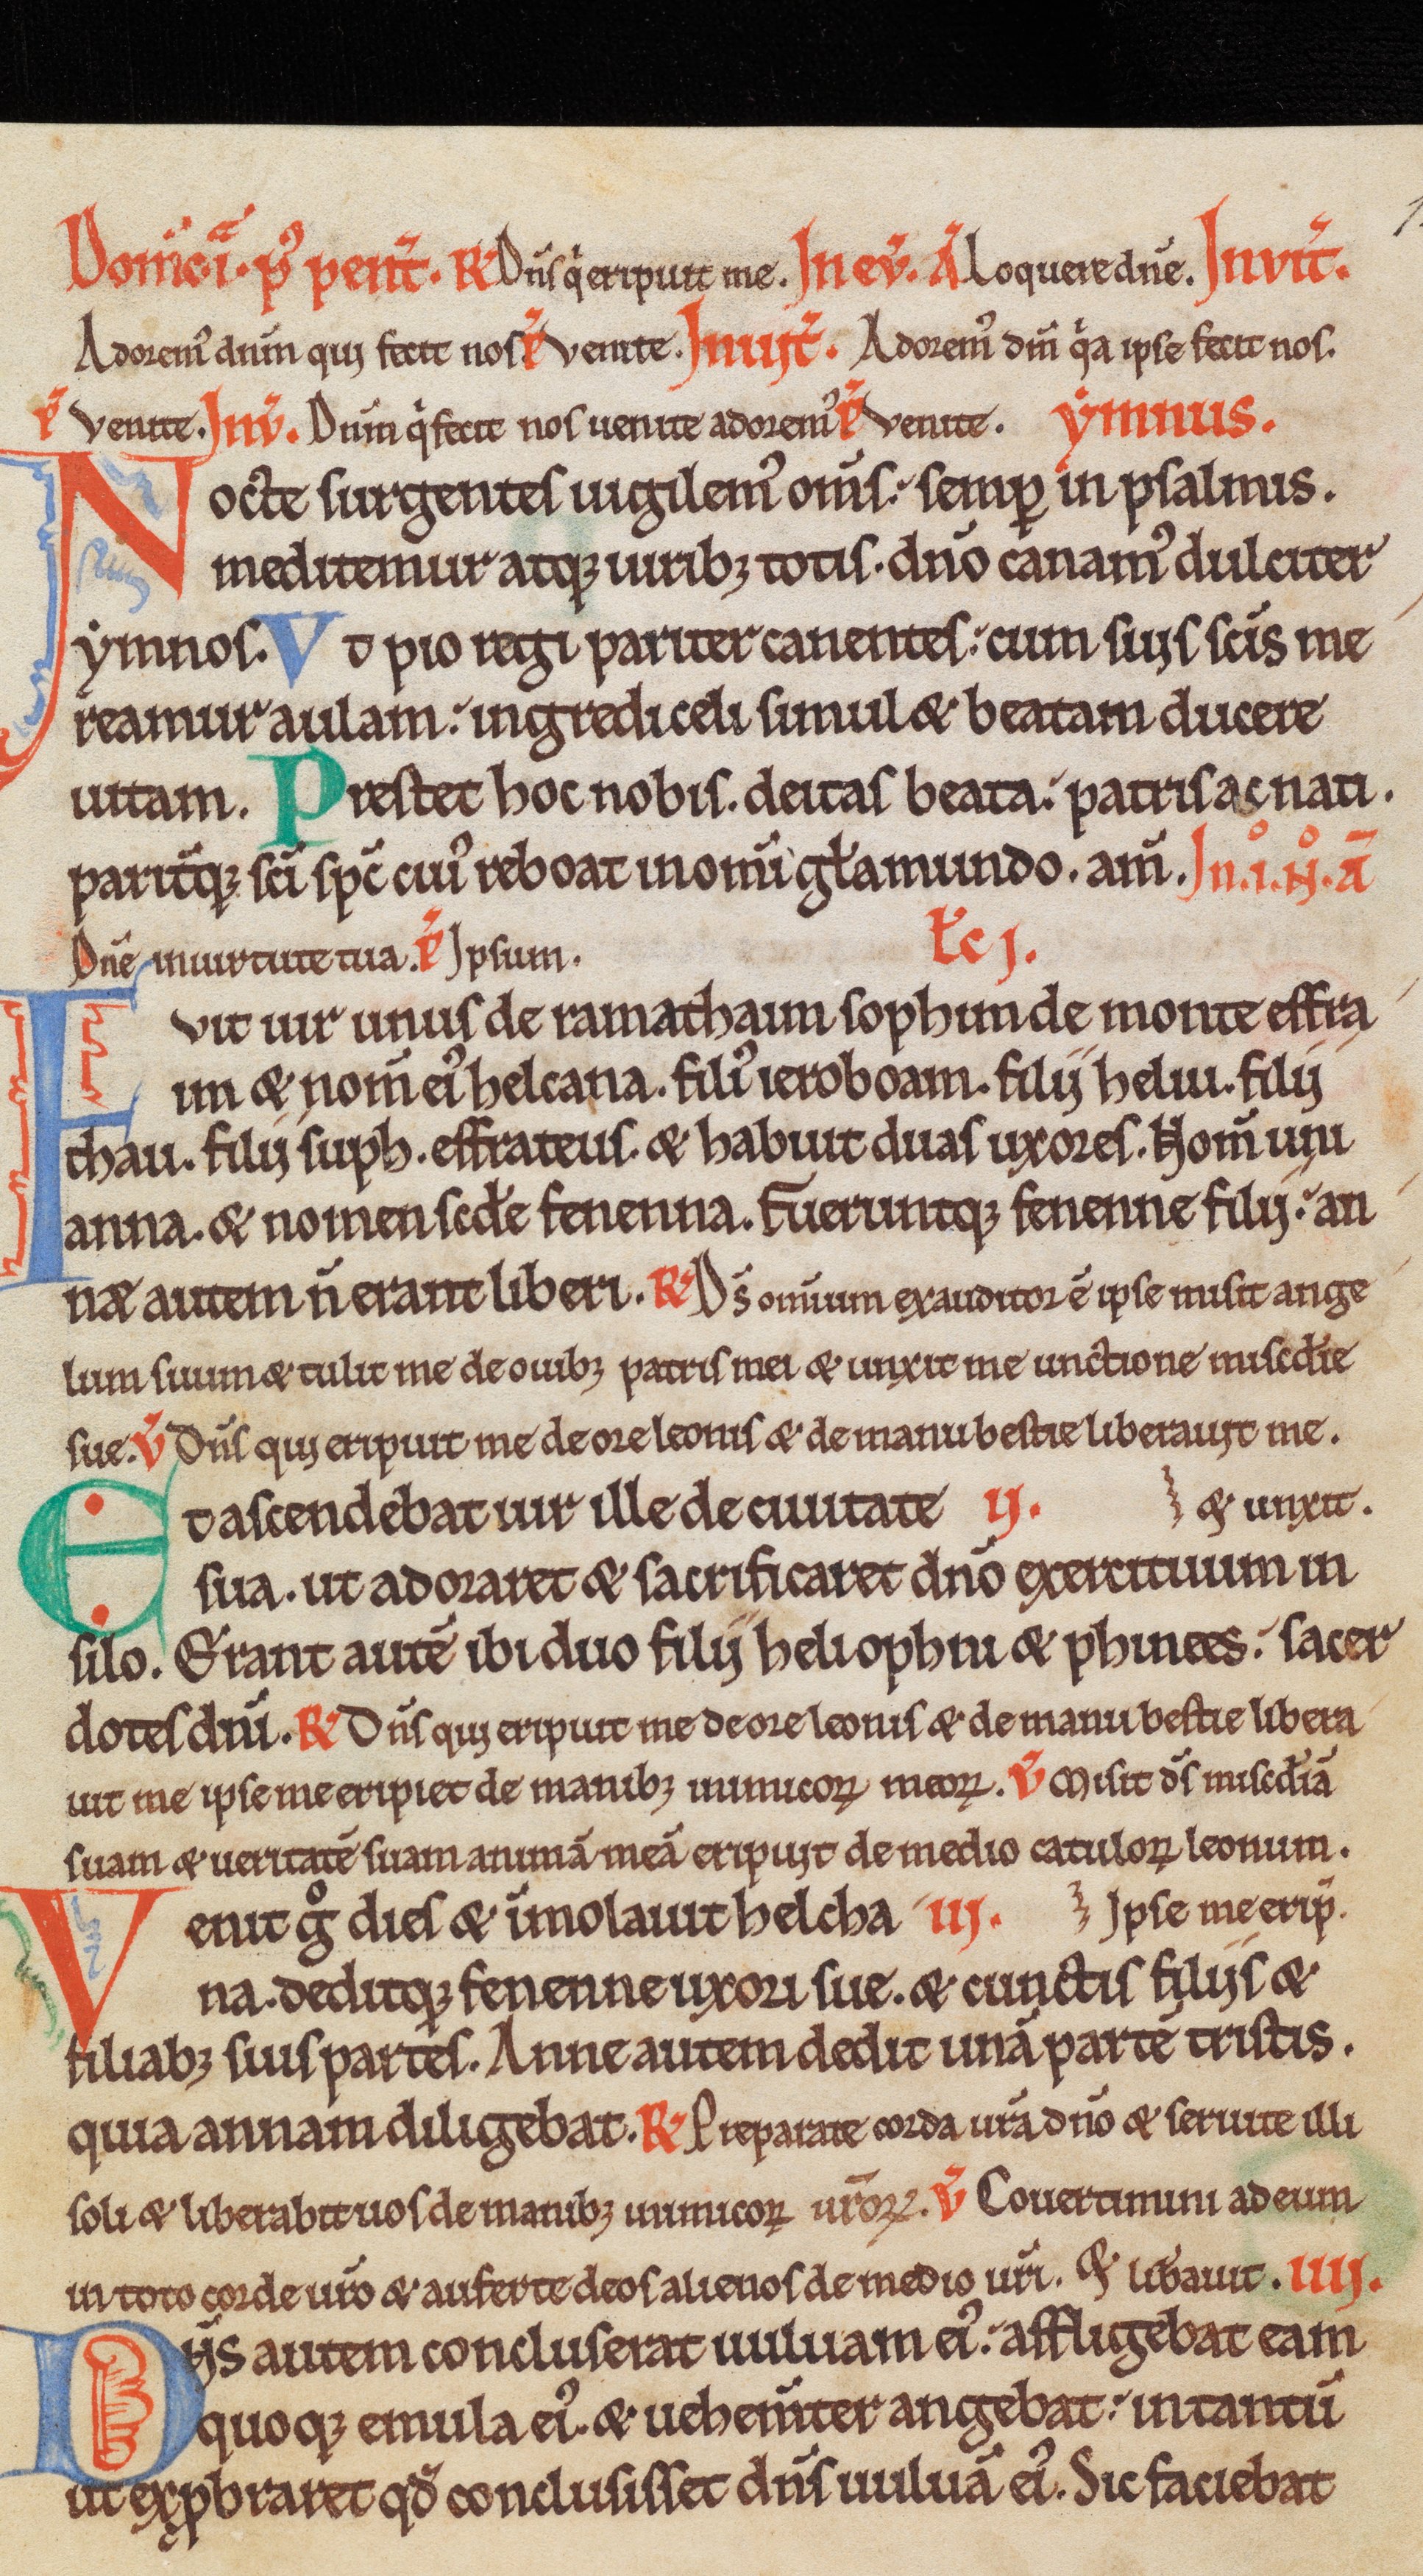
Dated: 1150–1199